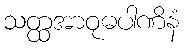
သတ္ထအာဝုဓပါဏိနံ